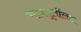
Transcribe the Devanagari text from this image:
भावपूर्तीला